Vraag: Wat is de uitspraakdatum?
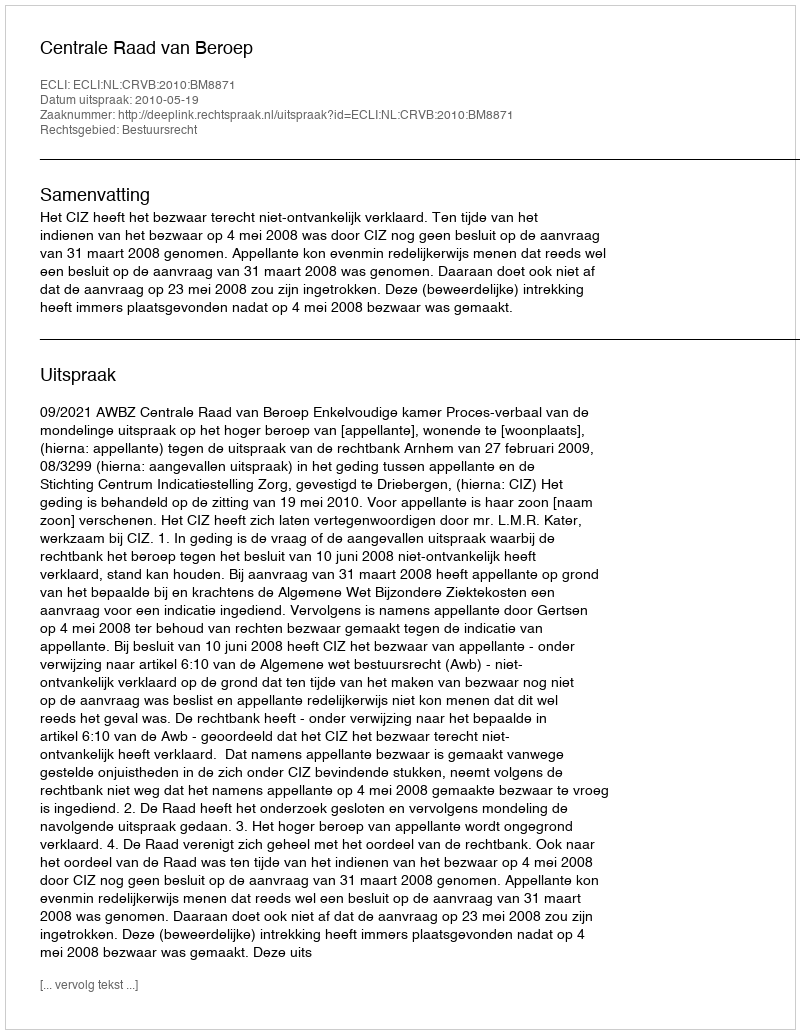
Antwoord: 2010-05-19